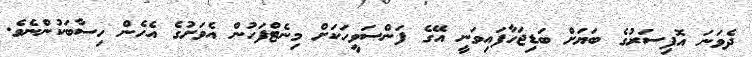
ދެވަނަ އޮފިސަރުގެ ބަޔަށް ބަޑިޖަހާފައިވަނީ އޭގެ ފަންސަވީހަކަށް މިނެޓްފަހުން އެވަށުގެ އެހެން ހިސާބަކުންނެވެ.